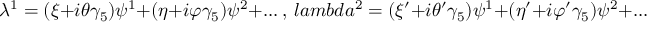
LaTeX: \lambda ^ { 1 } = ( \xi + i \theta \gamma _ { 5 } ) \psi ^ { 1 } + ( \eta + i \varphi \gamma _ { 5 } ) \psi ^ { 2 } + . . . \ , \, l a m b d a ^ { 2 } = ( \xi ^ { \prime } + i \theta ^ { \prime } \gamma _ { 5 } ) \psi ^ { 1 } + ( \eta ^ { \prime } + i \varphi ^ { \prime } \gamma _ { 5 } ) \psi ^ { 2 } + . . . \ .